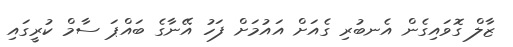
ޒާލް ގޮވައިގެން އެނބުރި ގެއަށް އައުމަށް ފަހު އޭނާގެ ބައްޕަ ސާމް ކުރީގައި